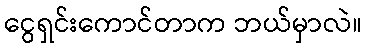
ငွေရှင်းကောင်တာက ဘယ်မှာလဲ။